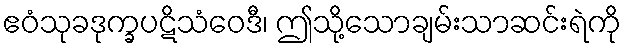
ဧဝံသုခဒုက္ခပဋိသံဝေဒီ၊ ဤသို့သောချမ်းသာဆင်းရဲကို